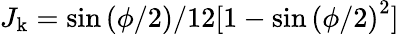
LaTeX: J_{\mathrm{k}}=\sin{(\phi/2)}/12[1-\sin{(\phi/2)}^{2}]